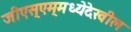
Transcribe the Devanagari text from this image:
जीएस्‌एम्‌मध्येदेखील